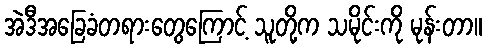
အဲဒီအခြေခံတရားတွေကြောင့် သူတို့က သမိုင်းကို မုန်းတာ။